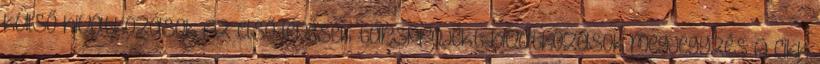
külső hivatkozások Az első lépések társprojekt-hivatkozások megjegyzés A cikk